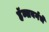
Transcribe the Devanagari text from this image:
हॅब्सबर्गचे